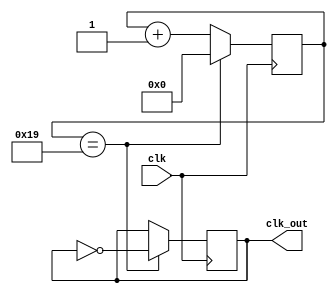
module timing_1 (
    input clk,  // clock
    output clk_out
  );
//25_000_000
  reg [4:0] counter = 5'b0;//register to keep track of counting index
  reg clk_out_q = 1'b0;
  assign clk_out = clk_out_q;
  
  /* Sequential Logic */
  always @(posedge clk) begin
    
    if (counter == 5'd25) begin // underscores are ignored
      counter <= 5'b0;
      clk_out_q <= ~clk_out_q;
    end else begin 
      counter <= counter + 1'b1;
    end
  end
  
endmodule